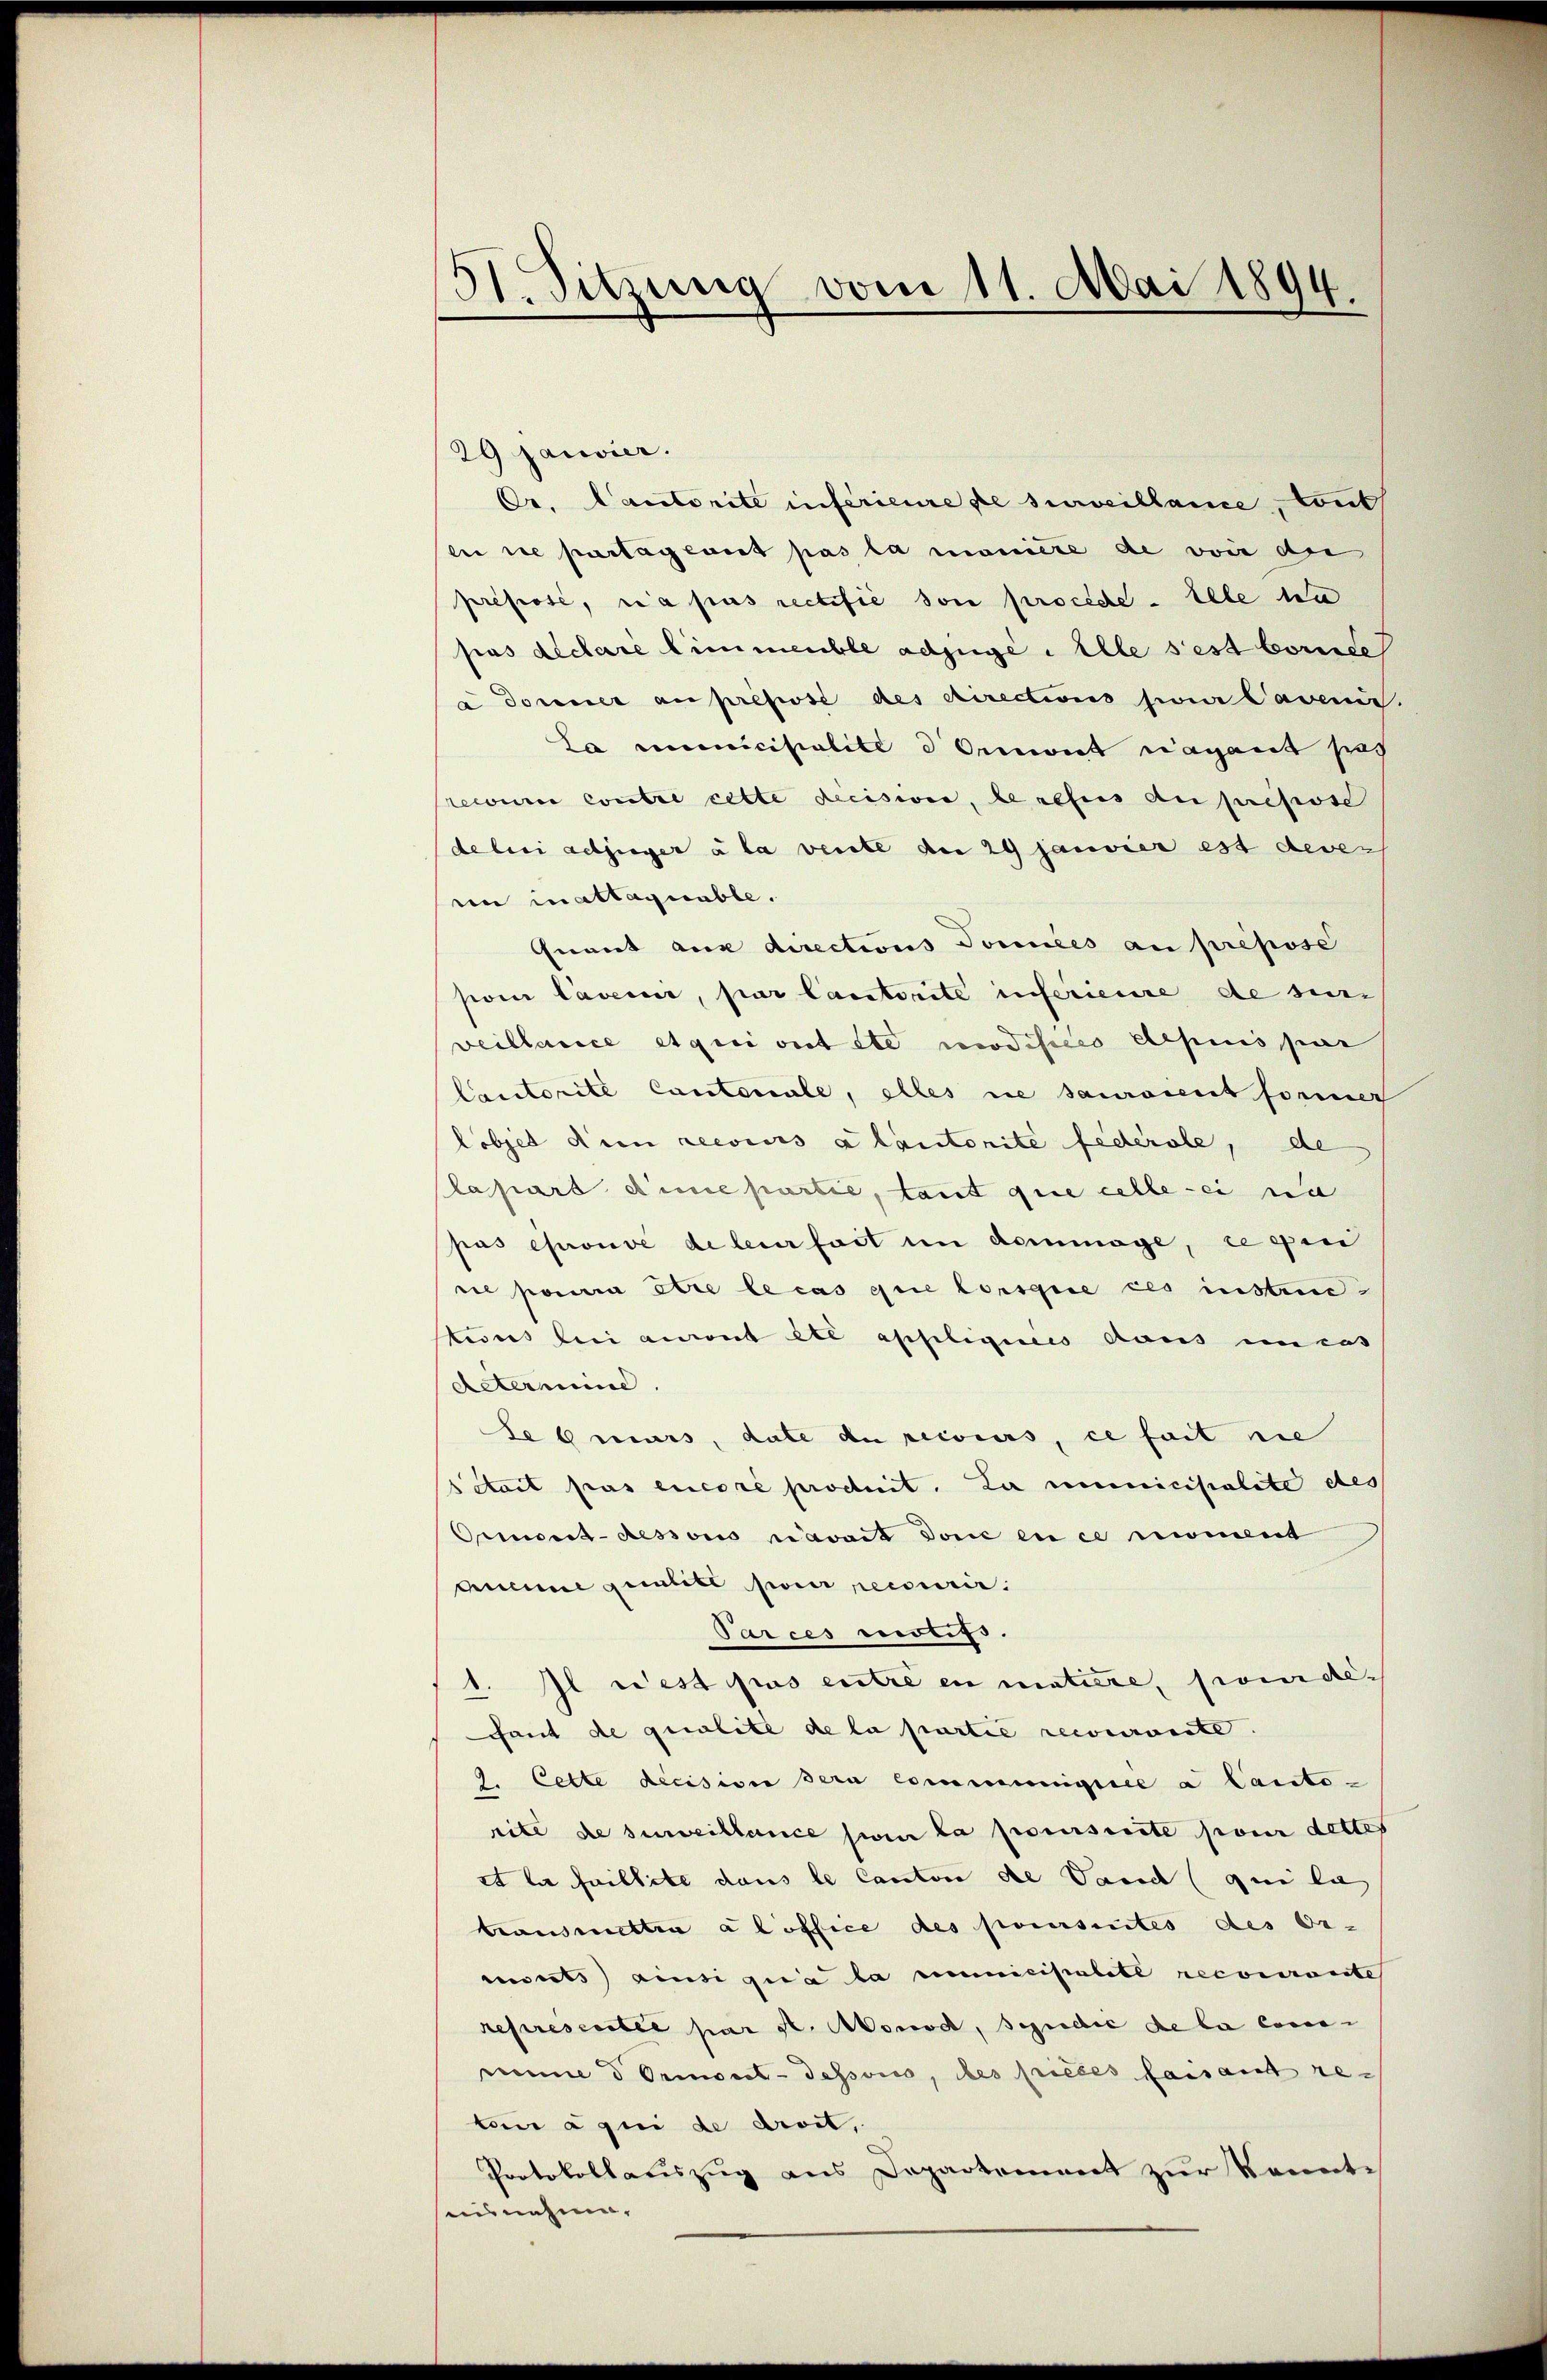
51. Sitzung vom 11. Mai 1894.

29 Janvier.
Cr. Cantorite inférieure de surveillance, cont
ei ne partagerit pas la manière de voir die
preposi, ria pas rectifié son procede - Elle da
pas dictare Limmeuble adjuge. Elle sest berede
u donner au presse des directions sine Cavenir.
La manciscalite Orient vagant pas
recourir contre cette decisions, le refus au pressse
de lui adjuger a la vente der 24 janvier est dever
en in attaquable.
Quant aux directions Somices an prepose
son Caveur, par Cantorité inferieure de ser
veillance et qui ont ste modificio depuis per
Cautorite Cantonale, elles ne sauroient former
lobjet den recours a lautorite federole, de
Plapart die partie, tant que celle sei na
pas chrouvé de leur fait in dommage, ce qui
ne pourra être le cas que lorsque ces instrieteins bei auront été apsiligenes daus incas
Aetermine.
Sebmars, date du reisers, ce fait nie
était pas encore produit. Zu municipalite des
Ormond-dessors travait sowie en ce moment
aucune gebill sein reiserir
Parces intifs.
1. Il est pas entre en matiere, sonder
fant de qualite de la partie recourante.
2. Cette decision dern communicire a Canto-
rite de surveillence par la poursuite pour dettes
st la faillite dans le Canton de Vaud qui la
transmettra aloffice des poursentes des Or-
vierts ainsi quia la mimiciscalite recourante
represcrite par st. Monod, schudić de la consen
mume d Ormont-dessoris, des prieses faisant reteu à qui de droit,
Protokollauszug aus Departement zur konnte
nisnehmen.